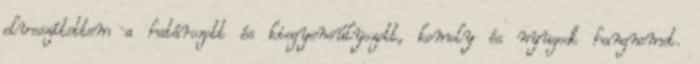
elveszítettem a határozott és kiegyensúlyozott, komoly és nyugodt hangnemet.